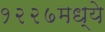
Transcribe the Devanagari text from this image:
१२२७मध्ये